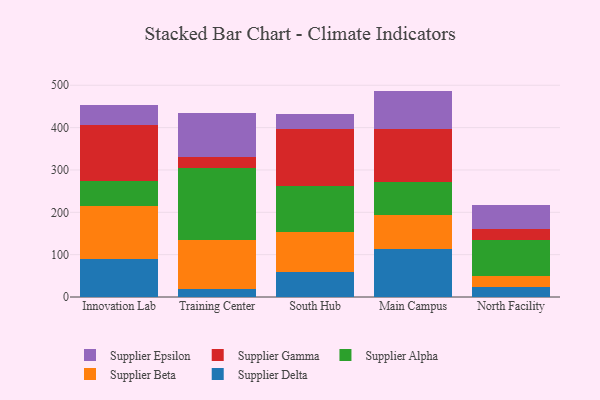
{"axis": {"x": "Campus", "y": "Backlog"}, "legend": ["Supplier Alpha", "Supplier Beta", "Supplier Delta", "Supplier Epsilon", "Supplier Gamma"], "data": [{"x": "Innovation Lab", "y": 90.1, "type": "Supplier Delta"}, {"x": "Innovation Lab", "y": 125.3, "type": "Supplier Beta"}, {"x": "Innovation Lab", "y": 59.7, "type": "Supplier Alpha"}, {"x": "Innovation Lab", "y": 131.3, "type": "Supplier Gamma"}, {"x": "Innovation Lab", "y": 46.4, "type": "Supplier Epsilon"}, {"x": "Training Center", "y": 19.8, "type": "Supplier Delta"}, {"x": "Training Center", "y": 115.4, "type": "Supplier Beta"}, {"x": "Training Center", "y": 170.6, "type": "Supplier Alpha"}, {"x": "Training Center", "y": 25.6, "type": "Supplier Gamma"}, {"x": "Training Center", "y": 102.3, "type": "Supplier Epsilon"}, {"x": "South Hub", "y": 60.1, "type": "Supplier Delta"}, {"x": "South Hub", "y": 93.1, "type": "Supplier Beta"}, {"x": "South Hub", "y": 108.8, "type": "Supplier Alpha"}, {"x": "South Hub", "y": 134.8, "type": "Supplier Gamma"}, {"x": "South Hub", "y": 34.2, "type": "Supplier Epsilon"}, {"x": "Main Campus", "y": 114.0, "type": "Supplier Delta"}, {"x": "Main Campus", "y": 79.3, "type": "Supplier Beta"}, {"x": "Main Campus", "y": 77.6, "type": "Supplier Alpha"}, {"x": "Main Campus", "y": 125.9, "type": "Supplier Gamma"}, {"x": "Main Campus", "y": 90.0, "type": "Supplier Epsilon"}, {"x": "North Facility", "y": 23.8, "type": "Supplier Delta"}, {"x": "North Facility", "y": 26.7, "type": "Supplier Beta"}, {"x": "North Facility", "y": 83.0, "type": "Supplier Alpha"}, {"x": "North Facility", "y": 27.9, "type": "Supplier Gamma"}, {"x": "North Facility", "y": 56.0, "type": "Supplier Epsilon"}]}